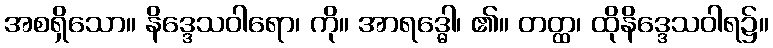
အစရှိသော။ နိဒ္ဒေသဝါရော၊ ကို။ အာရဒ္ဓေါ၊ ၏။ တတ္ထ၊ ထိုနိဒ္ဒေသဝါရ၌။